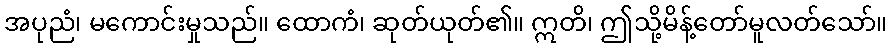
အပုညံ၊ မကောင်းမှုသည်။ ထောကံ၊ ဆုတ်ယုတ်၏။ ဣတိ၊ ဤသို့မိန့်တော်မူလတ်သော်။